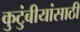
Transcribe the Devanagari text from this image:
कुटुंबीयांसाठी